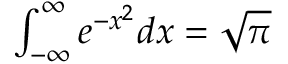
\textstyle \int _ { - \infty } ^ { \infty } e ^ { - x ^ { 2 } } d x = { \sqrt { \pi } }